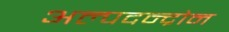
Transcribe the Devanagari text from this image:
अल्पदन्द्रोन